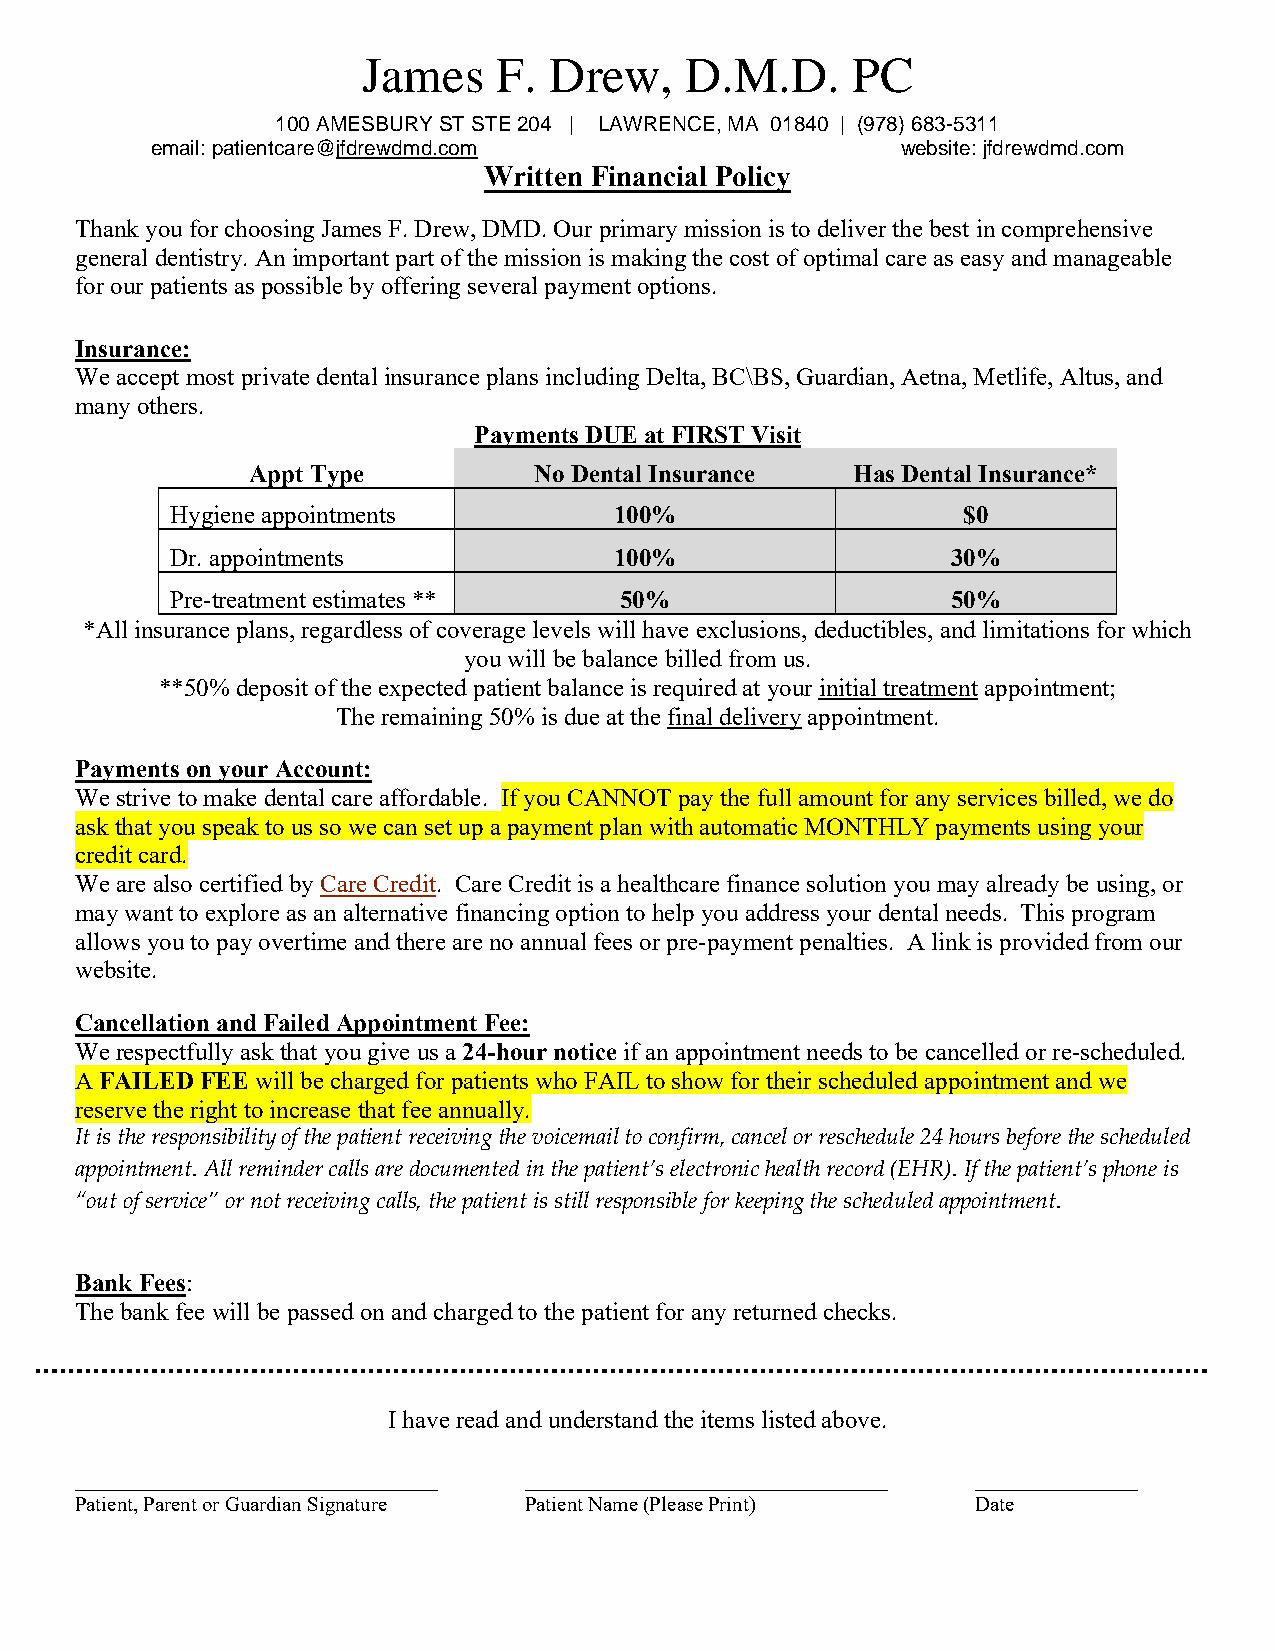
James    F. Drew,    D.M.D.     PC
 100 AMESBURY ST STE 204 | LAWRENCE, MA 01840 | (978) 683-5311
 email: patientcare@jfdrewdmd.com                  website: jfdrewdmd.com
 Written Financial Policy
 Thank you for choosing James F. Drew, DMD. Our primary mission is to deliver the best in comprehensive
 general dentistry. An important part of the mission is making the cost of optimal care as easy and manageable
 for our patients as possible by offering several payment options.
 Insurance:
 We accept most private dental insurance plans including Delta, BC\BS, Guardian, Aetna, Metlife, Altus, and
 many others.
 Payments DUE at FIRST Visit
 Appt Type         No Dental Insurance   Has Dental Insurance*
 Hygiene appointments          100%                   $0
 Dr. appointments              100%                  30%
 Pre-treatment estimates **    50%                   50%
 *All insurance plans, regardless of coverage levels will have exclusions, deductibles, and limitations for which
 you will be balance billed from us.
 **50% deposit of the expected patient balance is required at your initial treatment appointment;
 The remaining 50% is due at the final delivery appointment.
 Payments on your Account:
 We strive to make dental care affordable. If you CANNOT pay the full amount for any services billed, we do
 ask that you speak to us so we can set up a payment plan with automatic MONTHLY payments using your
 credit card.
 We are also certified by Care Credit. Care Credit is a healthcare finance solution you may already be using, or
 may want to explore as an alternative financing option to help you address your dental needs. This program
 allows you to pay overtime and there are no annual fees or pre-payment penalties. A link is provided from our
 website.
 Cancellation and Failed Appointment Fee:
 We respectfully ask that you give us a 24-hour notice if an appointment needs to be cancelled or re-scheduled.
 A FAILED FEE will be charged for patients who FAIL to show for their scheduled appointment and we
 reserve the right to increase that fee annually.
 It is the responsibility of the patient receiving the voicemail to confirm, cancel or reschedule 24 hours before the scheduled
 appointment. All reminder calls are documented in the patient’s electronic health record (EHR). If the patient’s phone is
 “out of service” or not receiving calls, the patient is still responsible for keeping the scheduled appointment.
 Bank Fees:
 The bank fee will be passed on and charged to the patient for any returned checks.
 I have read and understand the items listed above.
 _____________________________ _____________________________ _____________
 Patient, Parent or Guardian Signature Patient Name (Please Print) Date